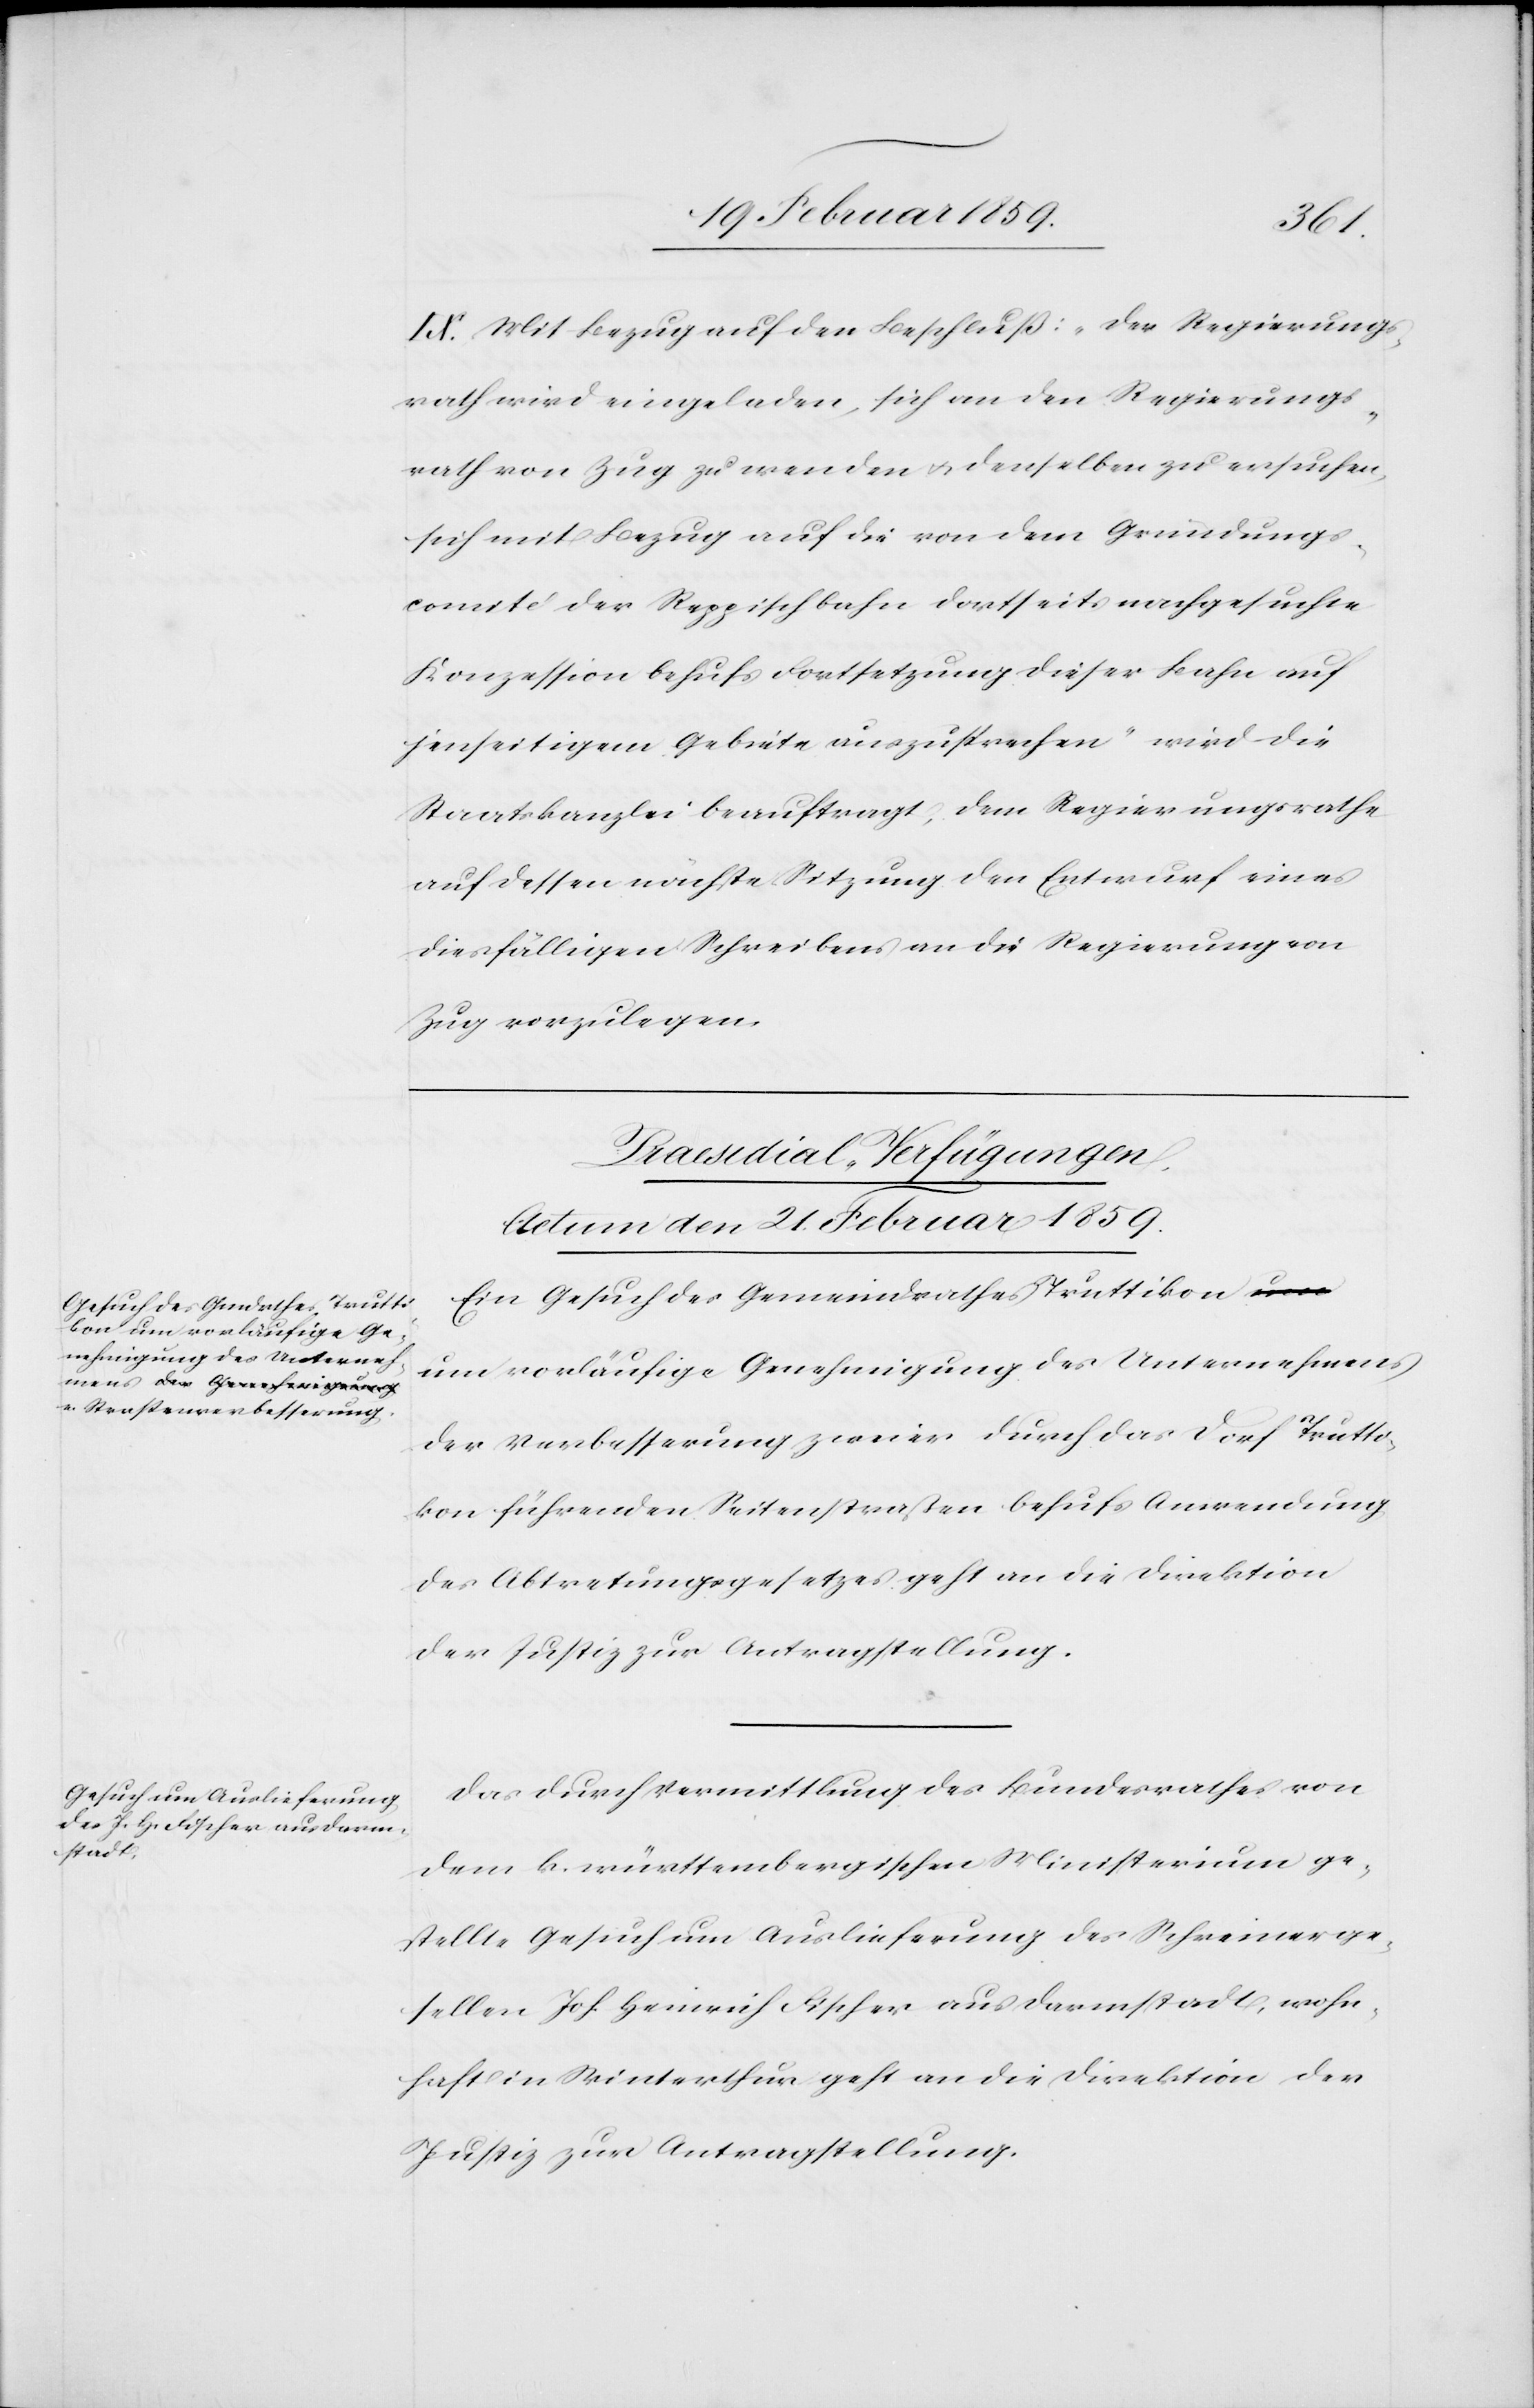
IX. Mit Bezug auf den Beschluß: „der Regierungs¬
rath wird eingeladen, sich an den Regierungs¬
rath von Zug zu wenden u. denselben zu ersuchen,
sich mit Bezug auf die von dem Gründungs¬
comité der Reppischbahn dortseits nachgesuchte
Konzession behufs Fortsetzung dieser Bahn auf
jenseitigem Gebiete auszusprechen“ wird die
Staatskanzlei beauftragt, dem Regierungsrathe
auf dessen nächste Sitzung den Entwurf eines
diesfälligen Schreibens an die Regierung von
Zug vorzulegen.
[Praesidial-Verfügungen.
Actum den 21. Februar 1859.]
Ein Gesuch des Gemeindrathes Truttikon
um vorläufige Genehmigung des Unternehmens
der Verbesserung zweier durch das Dorf Trutti¬
kon führenden Seitenstraßen behufs Anwendung
des Abtretungsgesetzes geht an die Direktion
der Justiz zur Antragstellung.
Das durch Vermittlung des Bundesrathes von
dem k. württembergischen Ministerium ge¬
stellte Gesuch um Auslieferung des Schreinerge¬
sellen Joh. Heinrich Fischer aus Darmstadt, wohn¬
haft in Winterthur geht an die Direktion der
Justiz zur Antragstellung.